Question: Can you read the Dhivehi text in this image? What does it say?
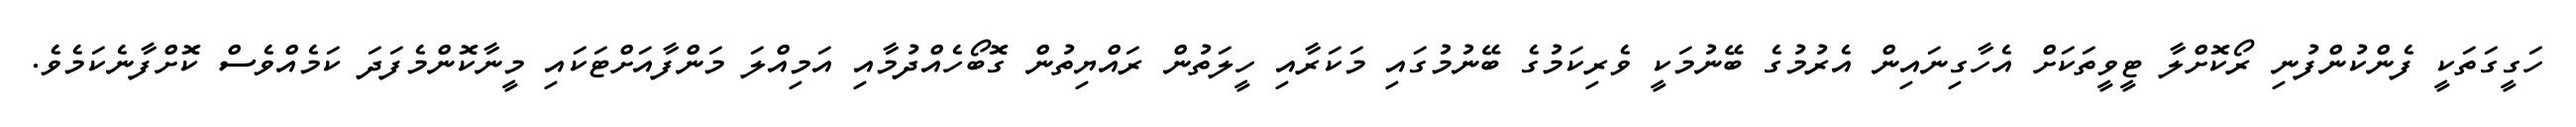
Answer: ހަގީގަތަކީ ފެންކުންފުނި ރޯކޮށްލާ ޓީވީތަކަށް އެހާގިނައިން އެރުމުގެ ބޭނުމަކީ ވެރިކަމުގެ ބޭނުމުގައި މަކަރާއި ހީލަތުން ރައްޔިތުން ގޮބޯހެއްދުމާއި އަމިއްލަ މަންފާއަށްޓަކައި މީނާކޮންމެފަދަ ކަމެއްވެސް ކޮށްފާނެކަމެވެ.